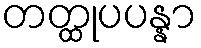
တတ္ထုပပန္နာ